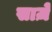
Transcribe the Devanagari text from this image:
साज़े